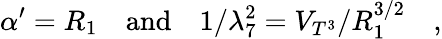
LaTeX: \alpha^{\prime}=R_{1}\quad\mathrm{and}\quad 1/\lambda_{7}^{2}=V_{T^{3}}/R_{1}^{3/2}\quad,